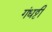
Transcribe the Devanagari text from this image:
गंधट्ठी